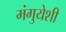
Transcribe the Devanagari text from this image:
मंगुयेशी